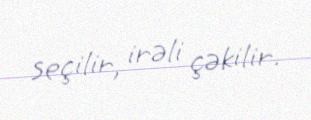
seçilir, irəli çəkilir.